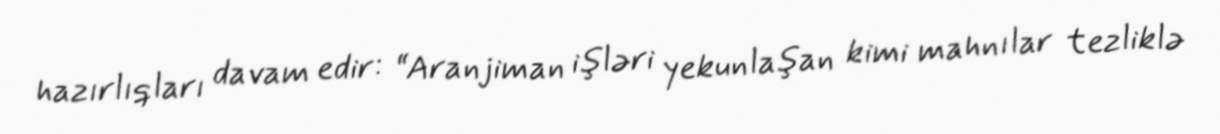
hazırlıqları davam edir: “Aranjiman işləri yekunlaşan kimi mahnılar tezliklə